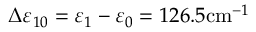
\Delta \varepsilon _ { 1 0 } = \varepsilon _ { 1 } - \varepsilon _ { 0 } = 1 2 6 . 5 \mathrm { c m } ^ { - 1 }